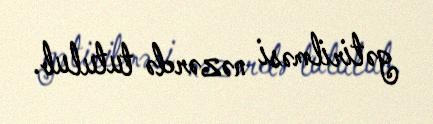
gətirilməsi nəzərdə tutulub.